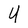
Character: U